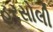
હરસોલી